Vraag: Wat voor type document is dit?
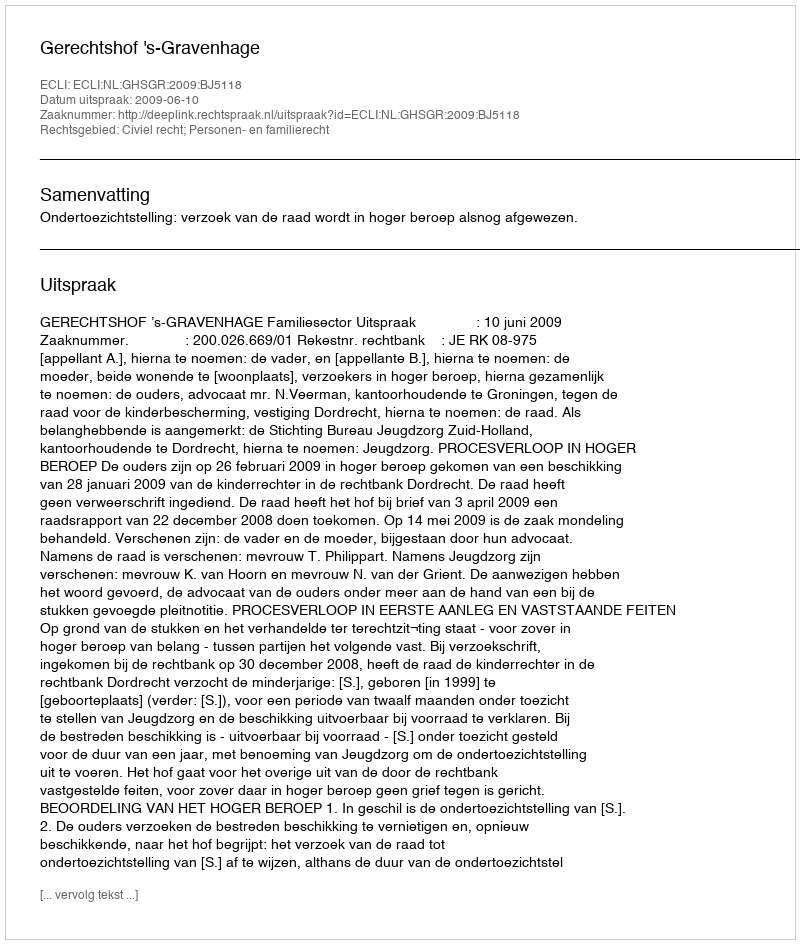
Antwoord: Uitspraak